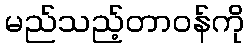
မည်သည့်တာဝန်ကို